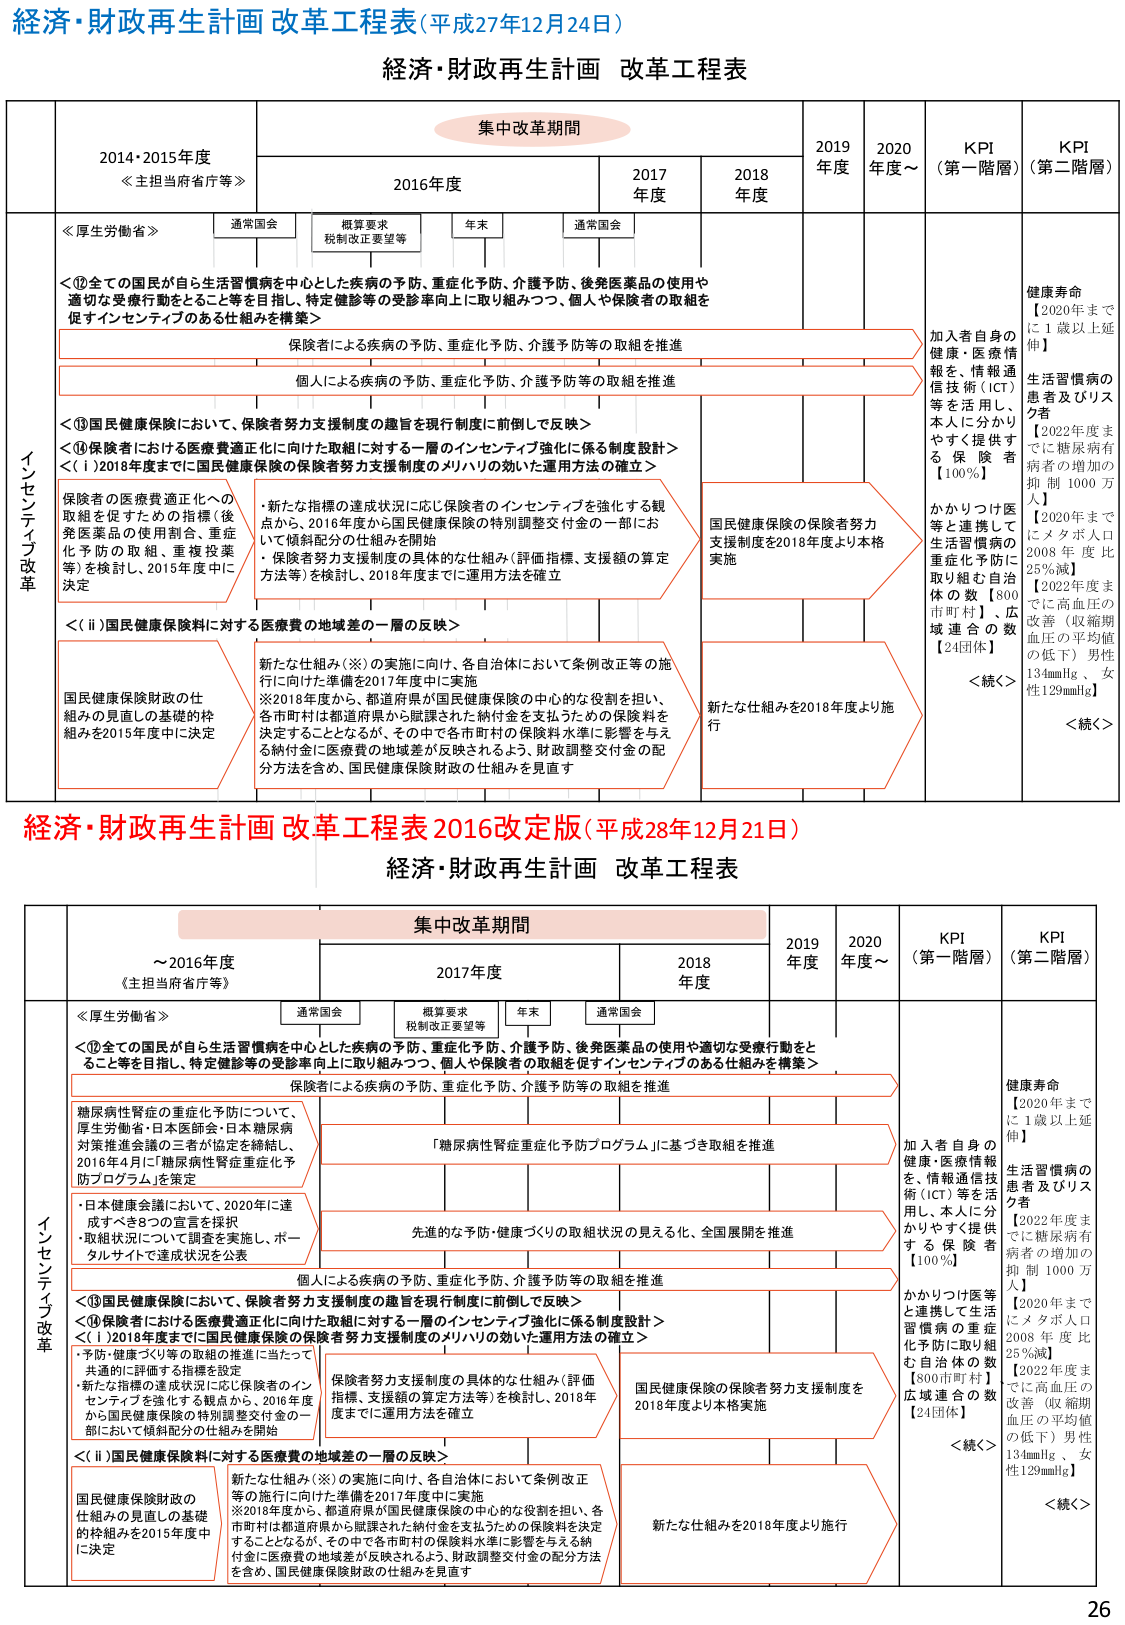
経済・財政再生計画 改革工程表（平成27年12月24日）
経済・財政再生計画 改革工程表

集中改革期間

2014・2015年度
《主担当府省庁等》

2016年度
通常国会
概算要求
税制改正要望等
年末
通常国会

2017年度

2018年度

2019年度

2020年度～

KPI（第一階層）

KPI（第二階層）

≪厚生労働省≫

＜⑫全ての国民が自ら生活習慣病を中心とした疾病の予防、重症化予防、介護予防、後発医薬品の使用や適切な受療行動をとること等を目指し、特定健診等の受診率向上に取り組みつつ、個人や保険者の取組を促すインセンティブのある仕組みを構築＞

保険者による疾病の予防、重症化予防、介護予防等の取組を推進

個人による疾病の予防、重症化予防、介護予防等の取組を推進

＜⑬国民健康保険において、保険者努力支援制度の趣旨を現行制度に前倒しで反映＞
＜⑭保険者における医療費適正化に向けた取組に対する一層のインセンティブ強化に係る制度設計＞
＜（ⅰ）2018年度までに国民健康保険の保険者努力支援制度のメルハリの効いた運用方法の確立＞

保険者の医療費適正化への取組を促すための指標（後発医薬品の使用割合、重症化予防の取組、重複投薬等）を検討し、2015年度中に決定

・新たな指標の達成状況に応じ保険者のインセンティブを強化する観点から、2016年度から国民健康保険の特別調整交付金の一部において傾斜配分の仕組みを開始
・保険者努力支援制度の具体的な仕組み（評価指標、支援額の算定方法等）を検討し、2018年度までに運用方法を確立

国民健康保険の保険者努力支援制度を2018年度より本格実施

加入者自身の健康・医療情報等を、情報通信技術（ICT）等を活用し、本人に分かりやすく提供する保険者【100％】

かかりつけ医等と連携して生活習慣病の重症化予防に取り組む自治体の数【800市町村】・広域連合の数【24団体】

健康寿命
【2020年までに1歳以上延伸】

生活習慣病の患者及びリスク者
【2022年度までに糖尿病有病者の増加の抑制 1000万人】
【2020年までにメタボ人口2008年度比25％減】
【2022年度までに高血圧の改善（収縮期血圧の平均値の低下）男性134mmHg、女性129mmHg】

＜続く＞

＜続く＞

＜（ⅱ）国民健康保険料に対する医療費の地域差の一層の反映＞

国民健康保険財政の仕組みの見直しの基礎的枠組を2015年度中に決定

新たな仕組み（※）の実施に向け、各自治体において条例改正等の施行に向けた準備を2017年度中に実施
※2018年度から、都道府県が国民健康保険の中心的な役割を担い、各市町村は都道府県から賦課された納付金を支払うための保険料を決定することとなるが、その中で各市町村の保険料水準に影響を与える納付金に医療費の地域差が反映されるよう、財政調整交付金の配分方法を含め、国民健康保険財政の仕組みを見直す

新たな仕組みを2018年度より施行

経済・財政再生計画 改革工程表 2016改正版（平成28年12月21日）
経済・財政再生計画 改革工程表

集中改革期間

～2016年度
《主担当府省庁等》

2017年度
通常国会
概算要求
税制改正要望等
年末
通常国会

2018年度

2019年度

2020年度～

KPI（第一階層）

KPI（第二階層）

≪厚生労働省≫

＜⑫全ての国民が自ら生活習慣病を中心とした疾病の予防、重症化予防、介護予防、後発医薬品の使用や適切な受療行動をとること等を目指し、特定健診等の受診率向上に取り組みつつ、個人や保険者の取組を促すインセンティブのある仕組みを構築＞

保険者による疾病の予防、重症化予防、介護予防等の取組を推進

糖尿病性腎症の重症化予防について、厚生労働省・日本医師会・日本糖尿病対策推進会議の三者が協定を締結し、2016年4月に「糖尿病性腎症重症化予防プログラム」を策定

「糖尿病性腎症重症化予防プログラム」に基づき取組を推進

・日本健康会議において、2020年に達成すべき2つの宣言を採択
・取組状況について調査を実施し、ポータルサイトで達成状況を公表

先進的な予防・健康づくりの取組状況の見える化、全国展開を推進

個人による疾病の予防、重症化予防、介護予防等の取組を推進

＜⑬国民健康保険において、保険者努力支援制度の趣旨を現行制度に前倒しで反映＞
＜⑭保険者における医療費適正化に向けた取組に対する一層のインセンティブ強化に係る制度設計＞
＜（ⅰ）2018年度までに国民健康保険の保険者努力支援制度のメルハリの効いた運用方法の確立＞

・予防・健康づくり等の取組の推進に当たって共通的に評価する指標を設定
・新たな指標の達成状況に応じ保険者のインセンティブを強化する観点から、2016年度から国民健康保険の特別調整交付金の一部において傾斜配分の仕組みを開始

保険者努力支援制度の具体的な仕組み（評価指標、支援額の算定方法等）を検討し、2018年度までに運用方法を確立

国民健康保険の保険者努力支援制度を2018年度より本格実施

加入者自身の健康・医療情報を、情報通信技術（ICT）等を活用し、本人に分かりやすく提供する保険者【100％】

かかりつけ医等と連携して生活習慣病の重症化予防に取り組む自治体の数【800市町村】・広域連合の数【24団体】

健康寿命
【2020年までに1歳以上延伸】

生活習慣病の患者及びリスク者
【2022年度までに糖尿病有病者の増加の抑制 1000万人】
【2020年までにメタボ人口2008年度比25％減】
【2022年度までに高血圧の改善（収縮期血圧の平均値の低下）男性134mmHg、女性129mmHg】

＜続く＞

＜続く＞

＜（ⅱ）国民健康保険料に対する医療費の地域差の一層の反映＞

国民健康保険財政の仕組みの見直しの基礎的枠組を2015年度中に決定

新たな仕組み（※）の実施に向け、各自治体において条例改正等の施行に向けた準備を2017年度中に実施
※2018年度から、都道府県が国民健康保険の中心的な役割を担い、各市町村は都道府県から賦課された納付金を支払うための保険料を決定することとなるが、その中で各市町村の保険料水準に影響を与える納付金に医療費の地域差が反映されるよう、財政調整交付金の配分方法を含め、国民健康保険財政の仕組みを見直す

新たな仕組みを2018年度より施行

26